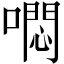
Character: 𭊳